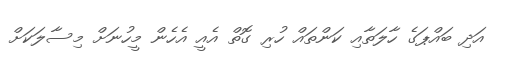
އަދި ބައްޕަގެ ހާލަތާއި ކަންތައް ހުރި ގޮތް އެއީ އެހެން މީހުނަށް މިސާލަކަށް